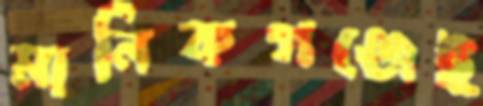
মানিকগঞ্জেই